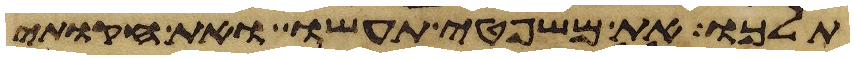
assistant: תלכו את משפטי תעשו ואת חקותי